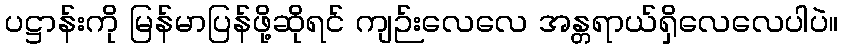
ပဋ္ဌာန်းကို မြန်မာပြန်ဖို့ဆိုရင် ကျဉ်းလေလေ အန္တရာယ်ရှိလေလေပါပဲ။